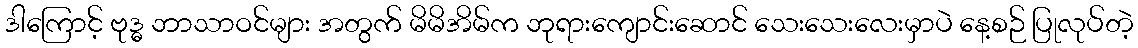
ဒါကြောင့် ဗုဒ္ဓ ဘာသာဝင်များ အတွက် မိမိအိမ်က ဘုရားကျောင်းဆောင် သေးသေးလေးမှာပဲ နေ့စဉ် ပြုလုပ်တဲ့